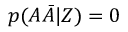
p ( A { \bar { A } } | Z ) = 0